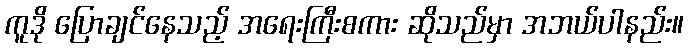
ကူဒို ပြောချင်နေသည့် အရေးကြီးစကား ဆိုသည်မှာ အဘယ်ပါနည်း။